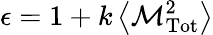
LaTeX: \epsilon=1+k\left\langle{\mathcal{M}}_{\mathrm{Tot}}^{2}\right\rangle